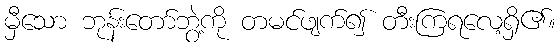
မှီသော ဘုန်းတော်ဘွဲ့ကို တမင်ဖျက်၍ တီးကြရလေ့ရှိ၏။